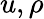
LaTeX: u,\rho